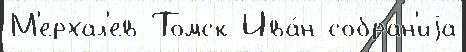
М'ерхал'ев Томск Ива́н собран'иjа